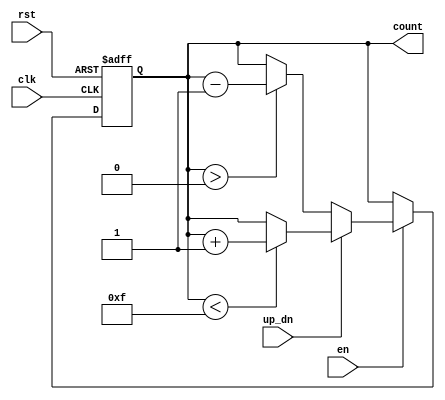
module up_down_counter (
    input wire clk,           // Clock input
    input wire en,            // Enable input
    input wire up_dn,        // Up/Down control input
    input wire rst,          // Asynchronous reset input (optional)
    output reg [3:0] count   // 4-bit counter output
);

    // Initial value of the counter
    initial begin
        count = 4'b0000; // Counter starts at 0
    end

    // Counter behavior 
    always @(posedge clk or posedge rst) begin
        if (rst) begin
            count <= 4'b0000; // Reset counter to 0
        end else if (en) begin
            if (up_dn) begin
                // Count upward
                if (count < 4'b1111) begin // Check for overflow
                    count <= count + 1;
                end
            end else begin
                // Count downward
                if (count > 4'b0000) begin // Check for underflow
                    count <= count - 1;
                end
            end
        end
    end
endmodule